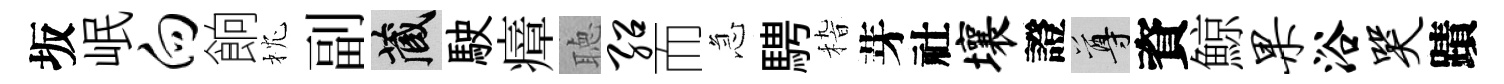
坂岷向餉枕副藏駛瘴聴绍而急騁𥟵芽社壤證尊資鯨果浴哭蹟